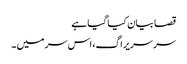
قصا بیان کیا گیا ہے
سر سریراگ، اس سر میں ۔